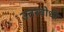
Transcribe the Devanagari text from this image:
उत्तरबोधी